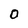
Character: 0